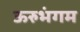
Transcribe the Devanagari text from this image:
ऊरुभंगम